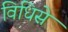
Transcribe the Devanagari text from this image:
विधिसे